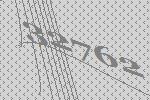
32762